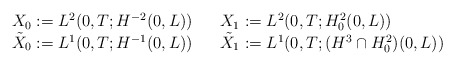
\begin{align*}\begin{array}[c]{lll}X_{0}:=L^{2}( 0,T;H^{-2}( 0,L) ) & &X_{1}:=L^{2}( 0,T;H_{0}^{2}( 0,L) ) \\\tilde{X}_{0}:=L^{1}( 0,T;H^{-1}( 0,L) ) && \tilde{X}_{1}:=L^{1}( 0,T;( H^{3}\cap H_{0}^{2}) (0,L) ) \end{array}\end{align*}